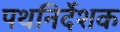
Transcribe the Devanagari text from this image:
पथनिर्देशक